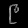
Digit: ၉